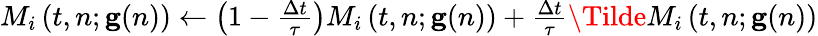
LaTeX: \begin{array}{r}{M_{i}\left(t,n;\mathbf{g}(n)\right)\xleftarrow{}\left(1-\frac{\Delta t}{\tau}\right)M_{i}\left(t,n;\mathbf{g}(n)\right)+\frac{\Delta t}{\tau}\Tilde{M}_{i}\left(t,n;\mathbf{g}(n)\right)}\end{array}